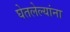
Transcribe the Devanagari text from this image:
घेतलेल्यांना